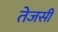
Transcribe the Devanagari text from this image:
तेजसी